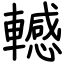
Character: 轗